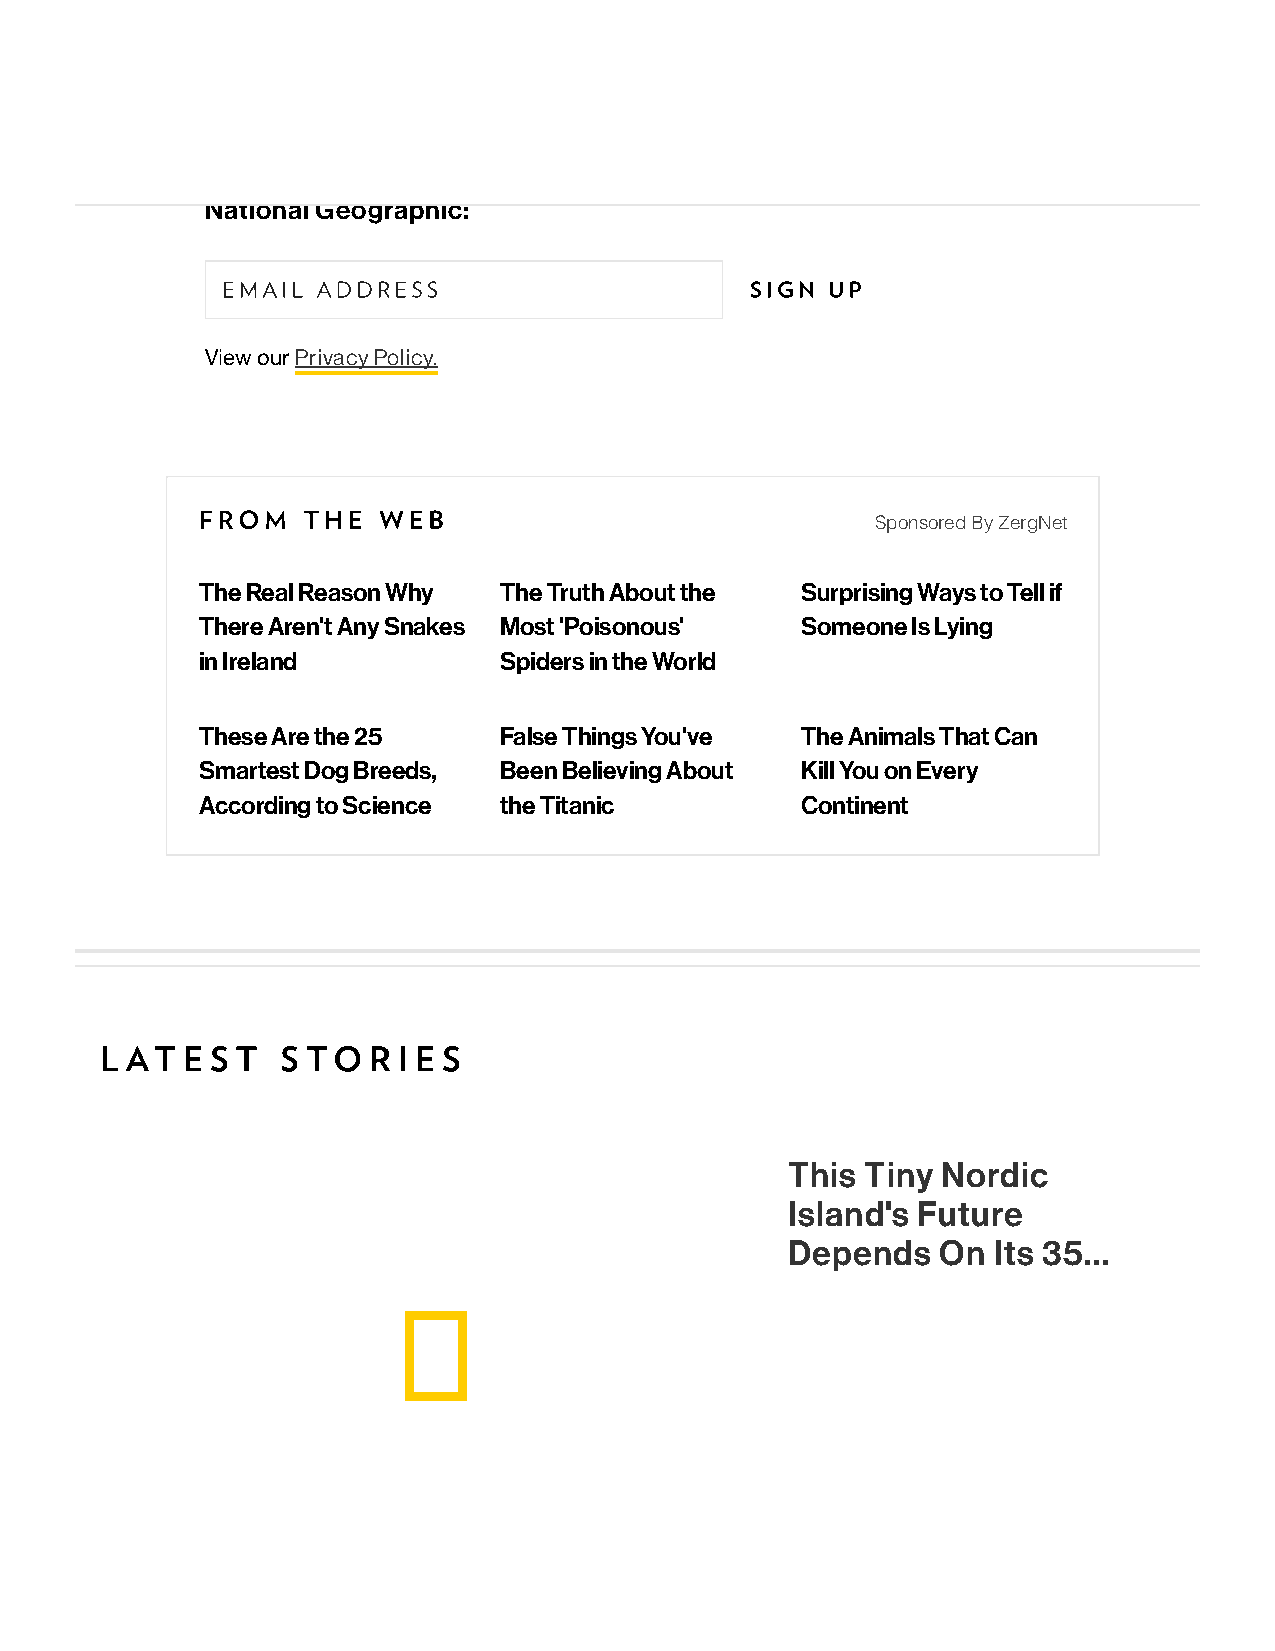
Sign up for more inspiring photos, stories, and special offers from
 National Geographic:
 EMAIL ADDRESS                      SIGN UP
 View our Privacy Policy.
 FROM   THE  WEB
 Sponsored By ZergNet
 The Real Reason Why The Truth About the Surprising Ways to Tell if
 There Aren't Any Snakes Most 'Poisonous' Someone Is Lying
 in Ireland          Spiders in the World
 These Are the 25    False Things You've The Animals That Can
 Smartest Dog Breeds, Been Believing About Kill You on Every
 According to Science the Titanic        Continent
 L AT E S T  S TO R I E S
 This Tiny Nordic
 Island's Future
 Depends   On  Its 35...